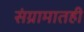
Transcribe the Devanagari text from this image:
संग्रामातही